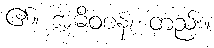
၏။ အဓိဝစနံ၊ တည်း။